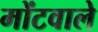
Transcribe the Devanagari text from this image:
मोंटवाले